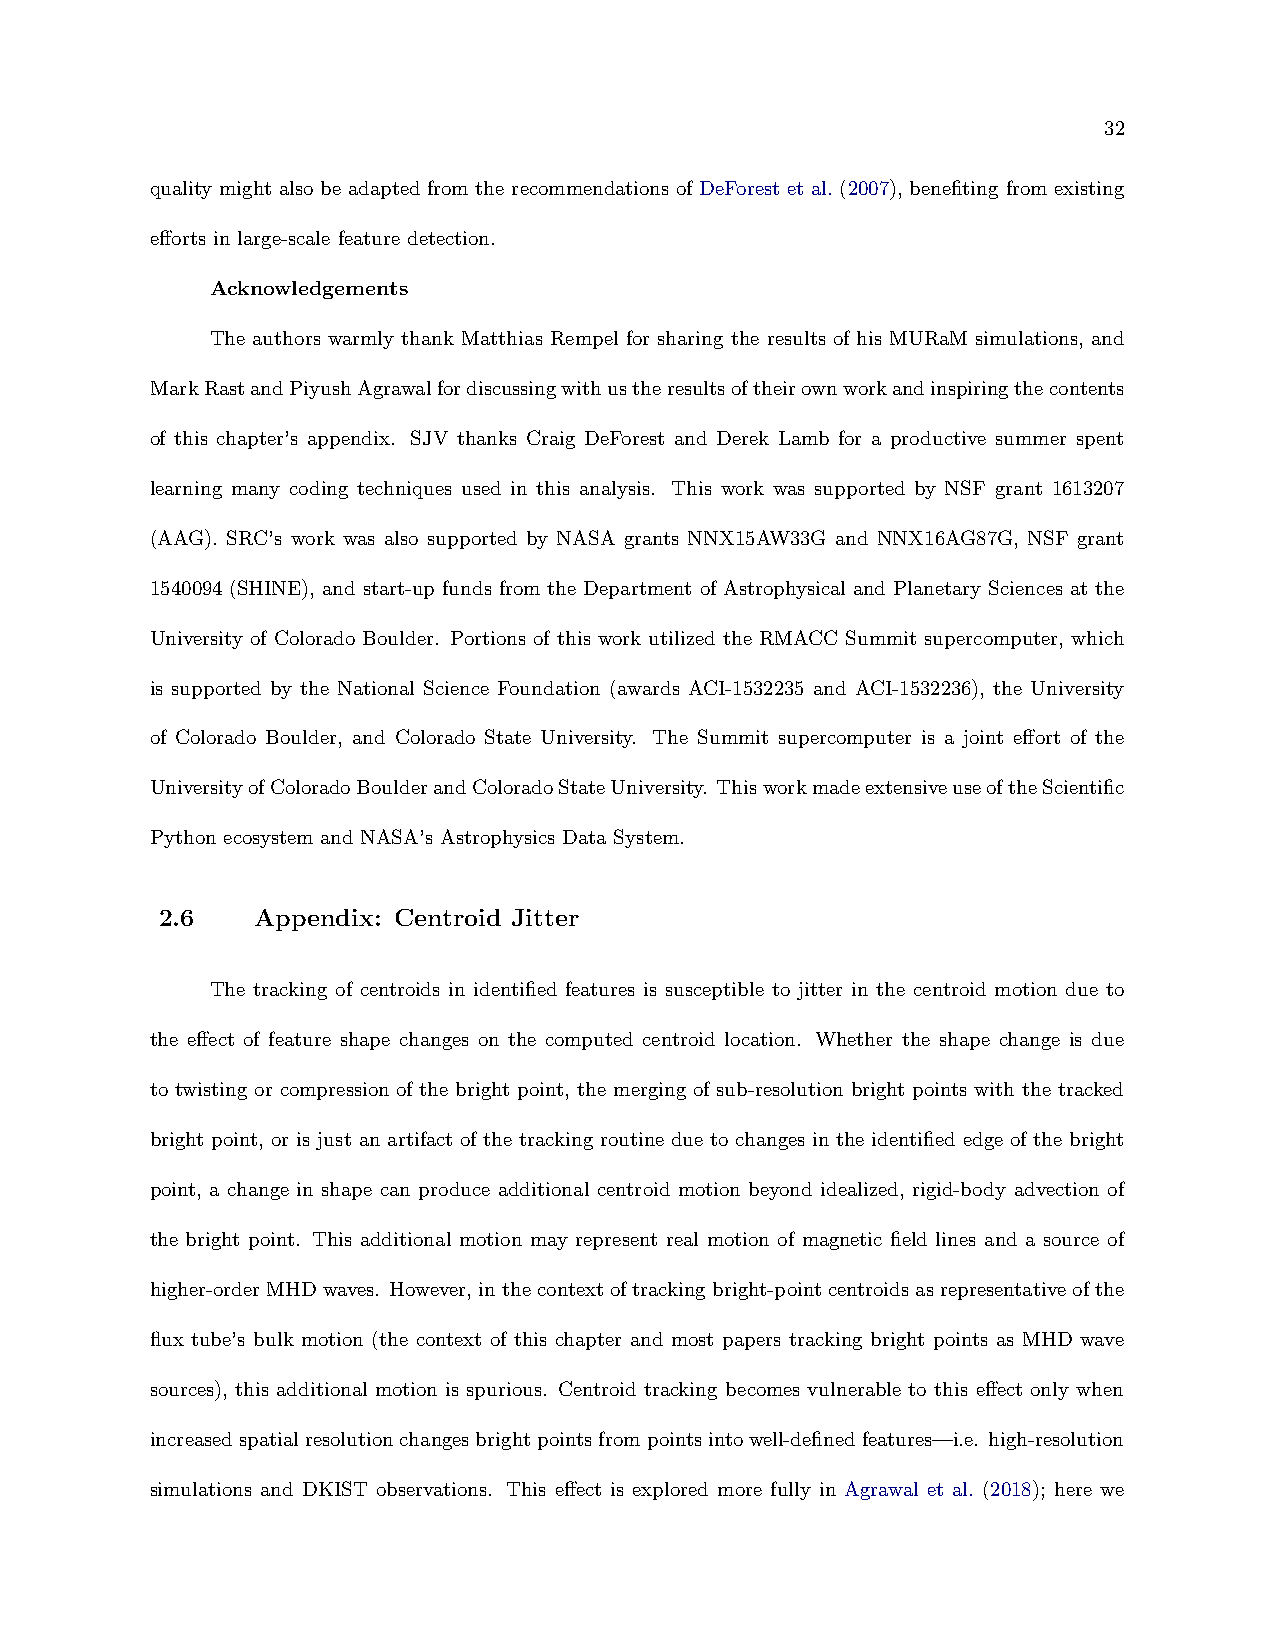
32
 quality might also be adapted from the recommendations of DeForest et al. (2007), benefiting from existing
 efforts in large-scale feature detection.
 Acknowledgements
 The authors warmly thank Matthias Rempel for sharing the results of his MURaM simulations, and
 MarkRastandPiyushAgrawalfordiscussingwithustheresultsoftheirownworkandinspiringthecontents
 of this chapter’s appendix. SJV thanks Craig DeForest and Derek Lamb for a productive summer spent
 learning many coding techniques used in this analysis. This work was supported by NSF grant 1613207
 (AAG). SRC’s work was also supported by NASA grants NNX15AW33G and NNX16AG87G, NSF grant
 1540094 (SHINE), and start-up funds from the Department of Astrophysical and Planetary Sciences at the
 University of Colorado Boulder. Portions of this work utilized the RMACC Summit supercomputer, which
 is supported by the National Science Foundation (awards ACI-1532235 and ACI-1532236), the University
 of Colorado Boulder, and Colorado State University. The Summit supercomputer is a joint effort of the
 UniversityofColoradoBoulderandColoradoStateUniversity. ThisworkmadeextensiveuseoftheScientific
 Python ecosystem and NASA’s Astrophysics Data System.
 2.6   Appendix: Centroid Jitter
 The tracking of centroids in identified features is susceptible to jitter in the centroid motion due to
 the effect of feature shape changes on the computed centroid location. Whether the shape change is due
 to twisting or compression of the bright point, the merging of sub-resolution bright points with the tracked
 bright point, or is just an artifact of the tracking routine due to changes in the identified edge of the bright
 point, a change in shape can produce additional centroid motion beyond idealized, rigid-body advection of
 the bright point. This additional motion may represent real motion of magnetic field lines and a source of
 higher-orderMHDwaves. However, inthecontextoftrackingbright-pointcentroidsasrepresentativeofthe
 flux tube’s bulk motion (the context of this chapter and most papers tracking bright points as MHD wave
 sources), this additional motion is spurious. Centroid tracking becomes vulnerable to this effect only when
 increasedspatialresolutionchangesbrightpointsfrompointsintowell-definedfeatures—i.e. high-resolution
 simulations and DKIST observations. This effect is explored more fully in Agrawal et al. (2018); here we